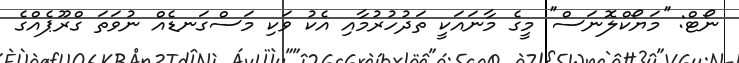
ނޯޓް: ''މަޔޯކްލޮނަސް'' މީގެ މާނައަކީ ތަދުހުރުމާއި އެކު ވަކި މަސްގަނޑެއް ނުވަތަ ގްރޫޕެއްގެ